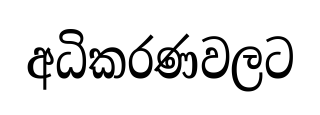
අධිකරණවලට